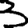
Digit: 3